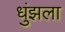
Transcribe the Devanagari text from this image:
धुंझला